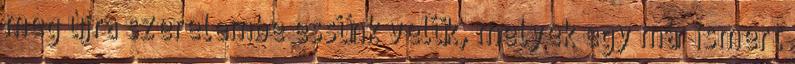
meg újra szerelembe essünk velük, melyek egy már ismert